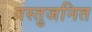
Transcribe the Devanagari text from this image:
वस्तुजनित